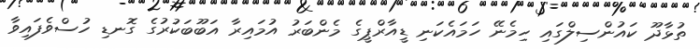
ތުޅާދޫ ކައުންސިލްގައި ހިމެނޭ ހަމައެކަނި ޑީއާރްޕީގެ މެންބަރު އުމައިރާ އަބޫބަކުރުގެ ގޮނޑި ހުސްވެފައިވާ